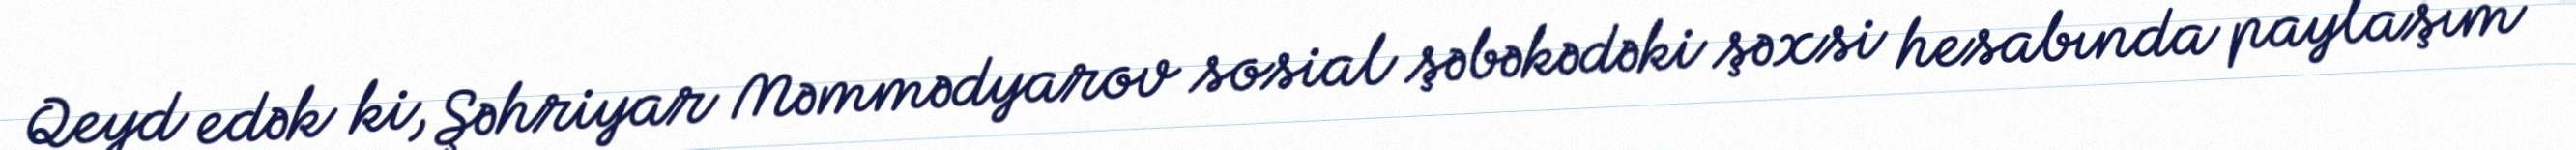
Qeyd edək ki, Şəhriyar Məmmədyarov sosial şəbəkədəki şəxsi hesabında paylaşım